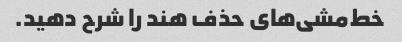
خط‌مشی‌های حذف هند را شرح دهید.